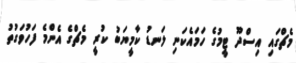
މެޗްގައި އިސްދޫ ޓީމުގެ ހަމައެކަނި ލަނޑު ކާމީޔަބު ކުރީ މެޗްގެ އެންމެ ފަހުވަގުތު